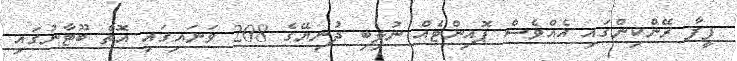
ފީފާ ރޭންކިންގައި އެއްވެސް ޕޮއިންޓެއް ނުލިބި ދުނިޔޭގެ 208 ވަނައިގައި އޮތް ބޫޓާނުގައި